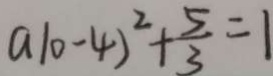
a 1 0 - 4 ) ^ { 2 } + \frac { 5 } { 3 } = 1